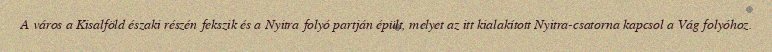
A város a Kisalföld északi részén fekszik és a Nyitra folyó partján épült, melyet az itt kialakított Nyitra-csatorna kapcsol a Vág folyóhoz.